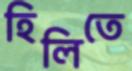
হিলিতে